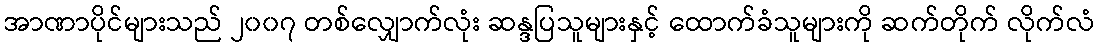
အာဏာပိုင်များသည် ၂၀၀၇ တစ်လျှောက်လုံး ဆန္ဒပြသူများနှင့် ထောက်ခံသူများကို ဆက်တိုက် လိုက်လံ